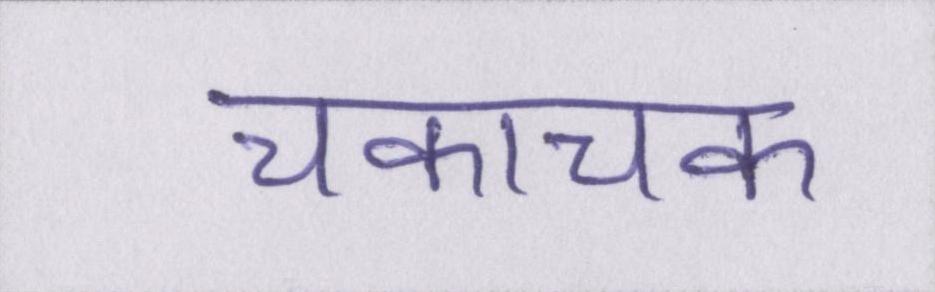
चकाचक